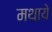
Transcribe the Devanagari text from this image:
मथाये